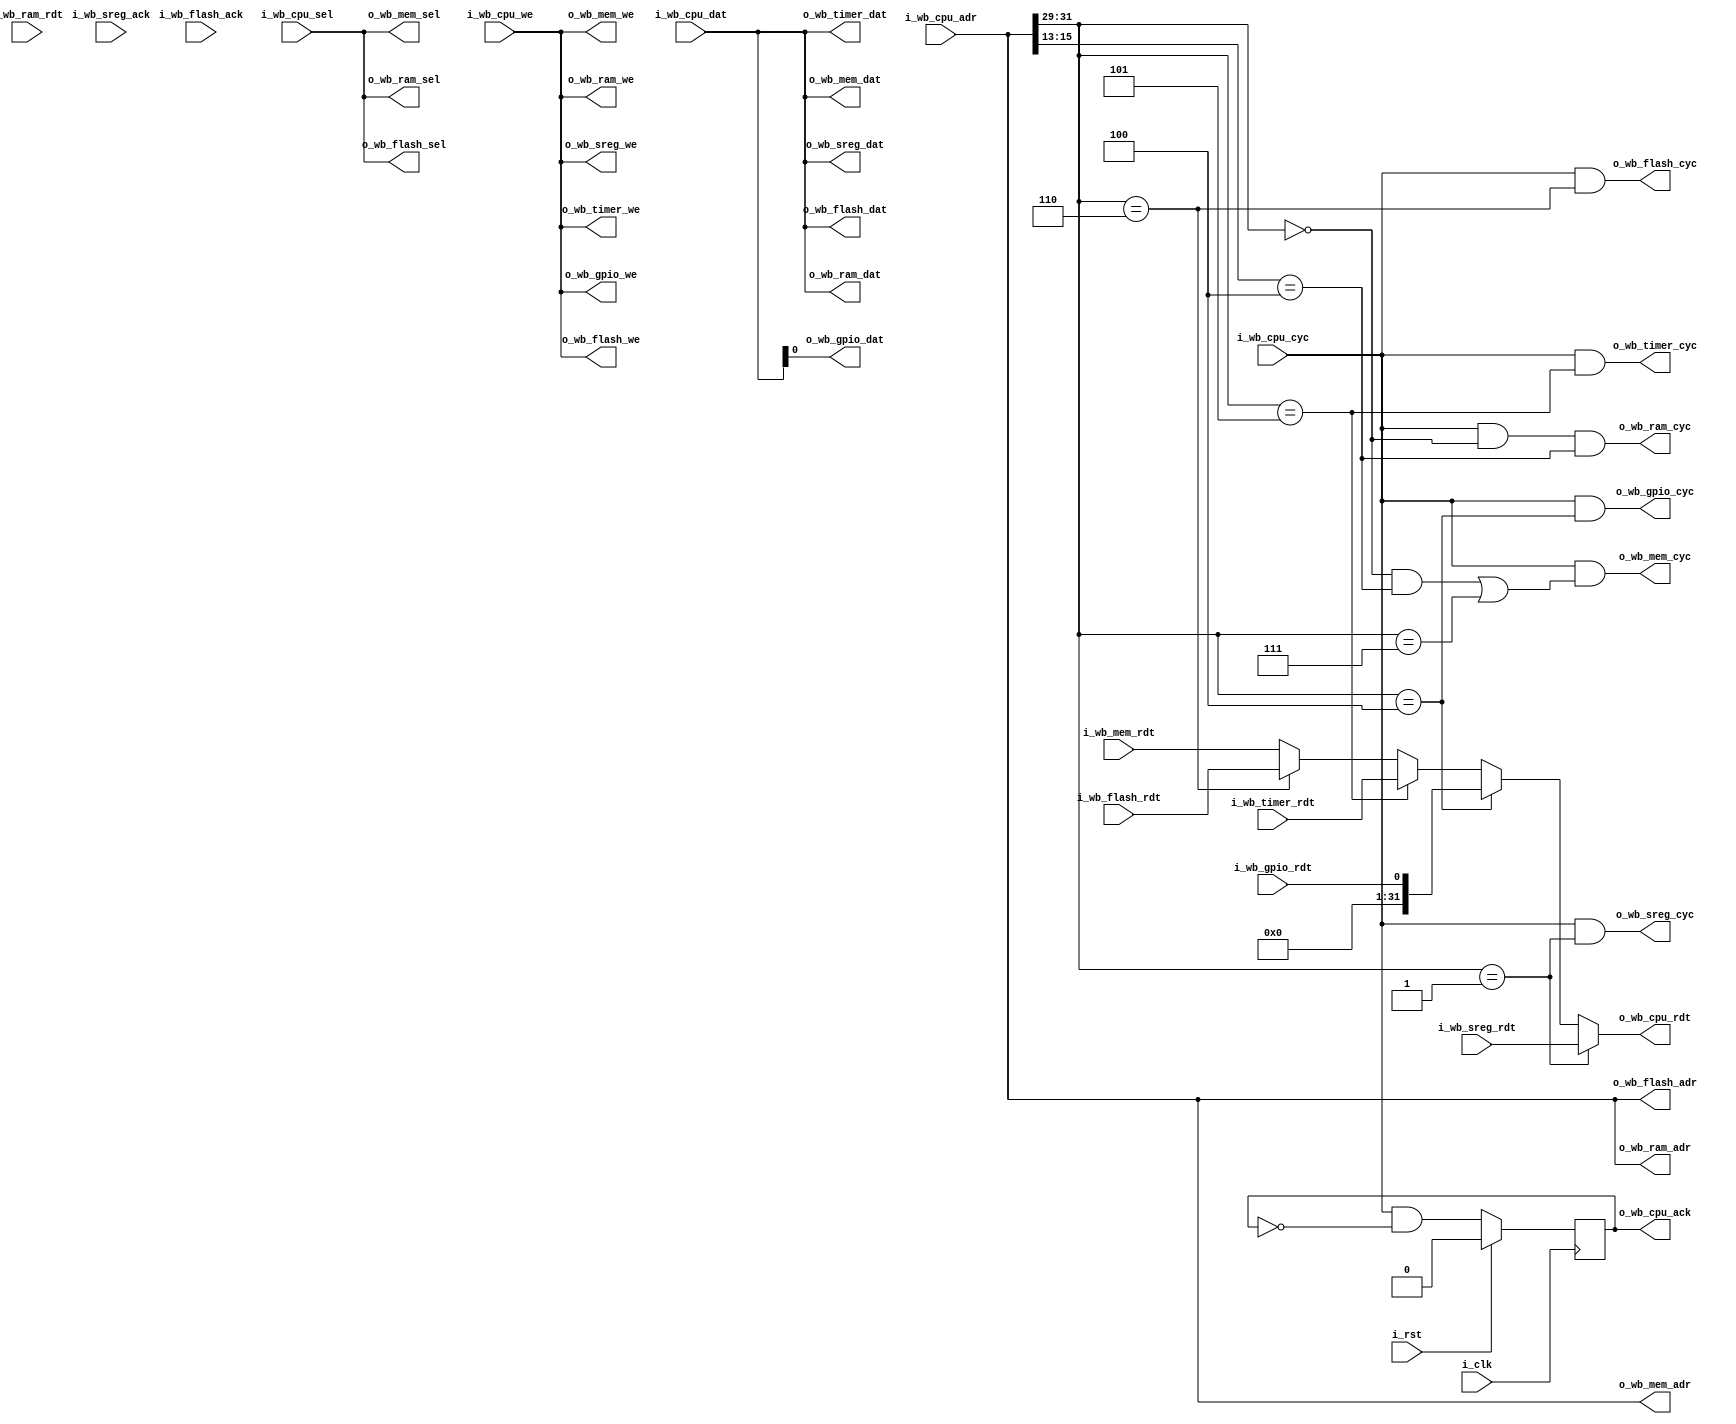
/*
 mem = 00
 gpio = 01
 timer = 10
 testcon = 11
 */
module servant_mux
(
   input wire 	      i_clk,
   input wire 	      i_rst,
   // From CPU
   input wire [31:0]  i_wb_cpu_adr,
   input wire [31:0]  i_wb_cpu_dat,
   input wire [3:0]   i_wb_cpu_sel,
   input wire 	      i_wb_cpu_we,
   input wire 	      i_wb_cpu_cyc,
   output wire [31:0] o_wb_cpu_rdt,
   output reg 	      o_wb_cpu_ack,
   // To data memory (RAM + DBG)
   output wire [31:0] o_wb_mem_adr,
   output wire [31:0] o_wb_mem_dat,
   output wire [3:0]  o_wb_mem_sel,
   output wire 	      o_wb_mem_we,
   output wire 	      o_wb_mem_cyc,
   input wire [31:0]  i_wb_mem_rdt,
   // To GPIO
   output wire 	      o_wb_gpio_dat,
   output wire 	      o_wb_gpio_we,
   output wire 	      o_wb_gpio_cyc,
   input wire 	      i_wb_gpio_rdt,
   // To timer
   output wire [31:0] o_wb_timer_dat,
   output wire 	      o_wb_timer_we,
   output wire 	      o_wb_timer_cyc,
   input wire [31:0]  i_wb_timer_rdt,
   // To RAM
   output wire [31:0] o_wb_ram_adr,
   output wire [31:0] o_wb_ram_dat,
   output wire [3:0]  o_wb_ram_sel,
   output wire 	      o_wb_ram_we,
   output wire 	      o_wb_ram_cyc,
   input  wire [31:0] i_wb_ram_rdt,
   // To SPI programmer
   output wire [31:0] o_wb_flash_adr,
   output wire [31:0] o_wb_flash_dat,
   output wire [3:0]  o_wb_flash_sel,
   output wire 	      o_wb_flash_we,
   output wire 	      o_wb_flash_cyc,
   input  wire [31:0] i_wb_flash_rdt,
   input  wire        i_wb_flash_ack,
   // To SREG
   output wire [31:0] o_wb_sreg_dat,
   output wire        o_wb_sreg_we,
   output wire        o_wb_sreg_cyc,
   input  wire [31:0] i_wb_sreg_rdt,
   input  wire        i_wb_sreg_ack
);
        
   wire [2:0] 	  s = i_wb_cpu_adr[31:29];
   wire mem_select = i_wb_cpu_adr[15:13] == 3'b100;
   
//   assign o_wb_cpu_rdt = (s == 3'b000) ? (mem_select? i_wb_ram_rdt: i_wb_mem_rdt):
   assign o_wb_cpu_rdt = (s == 3'b001) ? i_wb_sreg_rdt:
                         (s == 3'b100) ? {31'd0,i_wb_gpio_rdt} :
                         (s == 3'b101) ? i_wb_timer_rdt: 
			             (s == 3'b110) ? i_wb_flash_rdt: 
			             i_wb_mem_rdt;
			 
   always @(posedge i_clk) begin
      if (i_rst) o_wb_cpu_ack <= 1'b0;
      else o_wb_cpu_ack <= i_wb_cpu_cyc & !o_wb_cpu_ack;
   end

   assign o_wb_mem_adr = i_wb_cpu_adr;
   assign o_wb_mem_dat = i_wb_cpu_dat;
   assign o_wb_mem_sel = i_wb_cpu_sel;
   assign o_wb_mem_we  = i_wb_cpu_we;
   assign o_wb_mem_cyc = i_wb_cpu_cyc & (((s == 3'b000) & mem_select) || (s == 3'b111)); // Update from flash or update from debugger
//   assign o_wb_mem_cyc = i_wb_cpu_cyc & (s == 3'b010 || (s == 3'b111));
   
   assign o_wb_sreg_dat = i_wb_cpu_dat;
   assign o_wb_sreg_we  = i_wb_cpu_we;
   assign o_wb_sreg_cyc = i_wb_cpu_cyc & (s == 3'b001);
   
   assign o_wb_gpio_dat = i_wb_cpu_dat[0];
   assign o_wb_gpio_we  = i_wb_cpu_we;
   assign o_wb_gpio_cyc = i_wb_cpu_cyc & (s == 3'b100);

   assign o_wb_timer_dat = i_wb_cpu_dat;
   assign o_wb_timer_we  = i_wb_cpu_we;
   assign o_wb_timer_cyc = i_wb_cpu_cyc & (s == 3'b101);
   
   assign o_wb_flash_adr = i_wb_cpu_adr;
   assign o_wb_flash_dat = i_wb_cpu_dat;
   assign o_wb_flash_sel = i_wb_cpu_sel;
   assign o_wb_flash_we  = i_wb_cpu_we;
   assign o_wb_flash_cyc = i_wb_cpu_cyc & (s == 3'b110);
   
   assign o_wb_ram_adr = i_wb_cpu_adr;
   assign o_wb_ram_dat = i_wb_cpu_dat;
   assign o_wb_ram_sel = i_wb_cpu_sel;
   assign o_wb_ram_we  = i_wb_cpu_we;
   assign o_wb_ram_cyc = i_wb_cpu_cyc & (s == 3'b000) & mem_select;
//   assign o_wb_ram_cyc = i_wb_cpu_cyc & (s == 3'b010);
   
endmodule